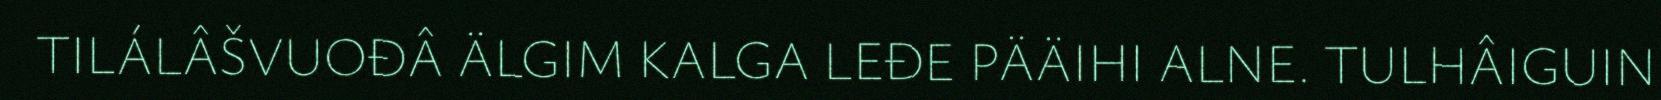
TILÁLÂŠVUOĐÂ ÄLGIM KALGA LEĐE PÄÄIHI ALNE. TULHÂIGUIN